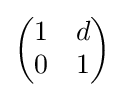
{\begin{pmatrix}1&d\\0&1\end{pmatrix}}